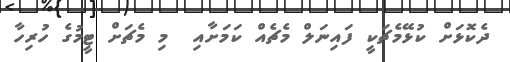
ދެކޮޅަށް ކުޅޭމެޗަކީ ފައިނަލް މެޗެއް ކަމަށާއި  މި މެޗަށް ޓީމުގެ ހުރިހާ